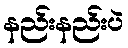
နည်းနည်းပဲ